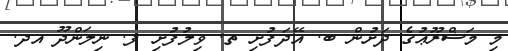
މި މަޝްރޫޢުގެ ދަށުން ބ. އޭދަފުށި ތ. ވިލުފުށި ފ. ނިލަންދޫ އދ.